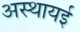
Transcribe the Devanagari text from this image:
अस्थायई